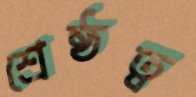
শ্রেষ্ঠত্ব